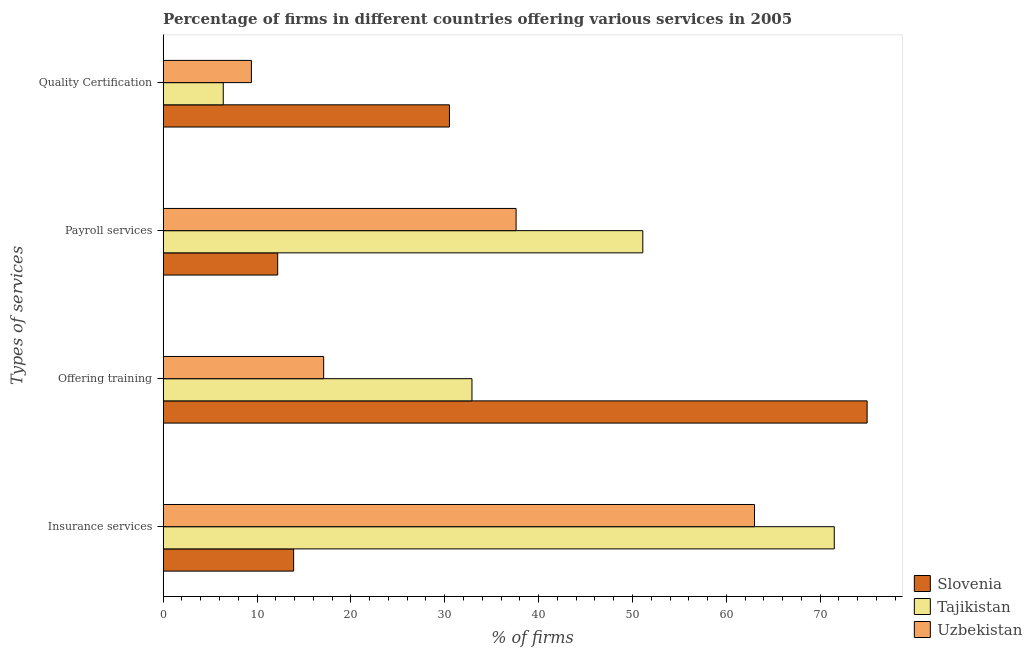
| Types of services | Slovenia | Tajikistan | Uzbekistan |
 | --- | --- | --- | --- |
 | Insurance services | 13.9 | 71.5 | 63 |
 | Offering training | 75 | 32.9 | 17.1 |
 | Payroll services | 12.2 | 51.1 | 37.6 |
 | Quality Certification | 30.5 | 6.4 | 9.4 |